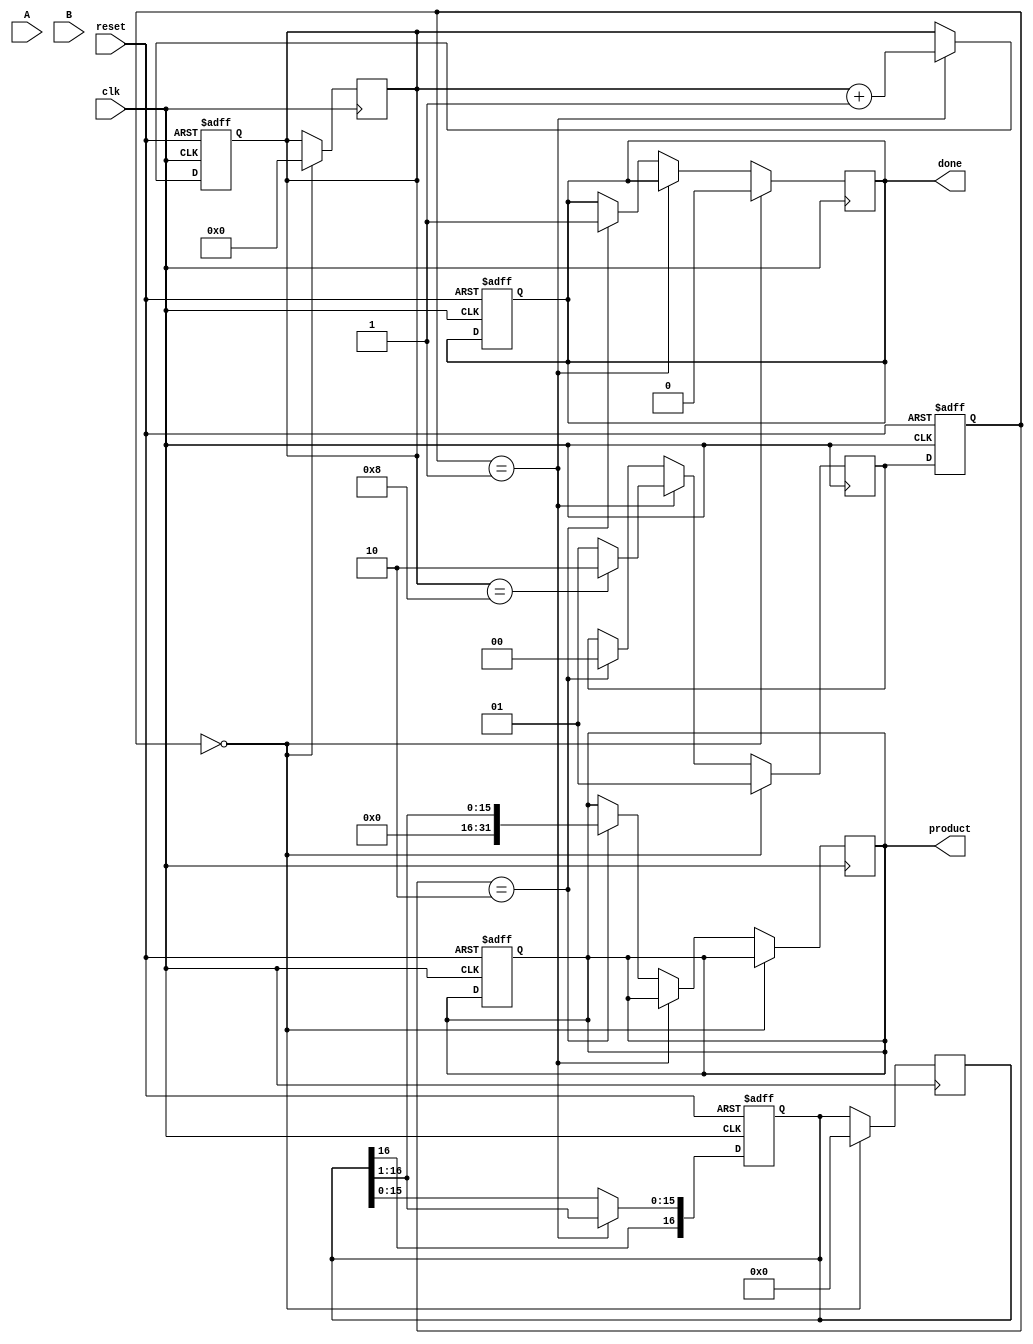
module modified_booth_multiplier (
    input wire clk,
    input wire reset,
    input wire signed [15:0] A, // Multiplicand
    input wire signed [15:0] B, // Multiplier
    output reg signed [31:0] product, // Product output
    output reg done // Indicates multiplication completion
);

    reg [16:0] A_ext; // Extended A for subtraction
    reg [16:0] P; // Product register
    reg [7:0] count; // Count for iterations
    reg [2:0] booth_code; // Booth encoding
    reg [1:0] B_reg; // Register for current and next bits of B

    // State definitions
    localparam IDLE = 2'b00, 
               CALC = 2'b01, 
               DONE = 2'b10;

    reg [1:0] state, next_state;

    // Initial setup
    always @(posedge clk or posedge reset) begin
        if (reset) begin
            product <= 0;
            P <= 0;
            count <= 0;
            state <= IDLE;
            done <= 0;
        end else begin
            state <= next_state;
            if (state == CALC) begin
                // Perform the multiplication steps
                case (booth_code)
                    3'b001: P <= P + A_ext; // +A
                    3'b010: P <= P - A_ext; // -A
                    3'b011: P <= P;         // 0 (no operation)
                    3'b100: P <= P;         // 0 (no operation)
                    default: P <= P;        // No operation for other cases
                endcase
                // Shift right
                P <= {P[16], P[16:1]}; // Arithmetic shift
                count <= count + 1;
            end
        end
    end

    // Booth encoding and control logic
    always @(posedge clk) begin
        if (state == IDLE) begin
            // Initialize values
            A_ext <= {A, 1'b0}; // Extend A
            P <= 0; // Clear product
            B_reg <= {B[0], B[1]}; // Initialize B_reg with the first two bits of B
            count <= 0;
            done <= 0;
            next_state <= CALC;
        end else if (state == CALC) begin
            // Booth encoding
            booth_code <= {B_reg[1], B_reg[0], P[0]}; // Get current bits for encoding
            B_reg <= {B_reg[0], B[count]}; // Shift B_reg for next iteration

            if (count == 8) begin // Assuming 8 iterations for 16-bit inputs
                next_state <= DONE;
            end else begin
                next_state <= CALC;
            end
        end else if (state == DONE) begin
            product <= P[16:1]; // Final product
            done <= 1; // Set done signal
            next_state <= IDLE; // Go back to IDLE
        end
    end

endmodule